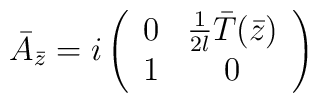
\bar A_{\bar z} = i\left( \begin{array}{cc}   0 &  {1 \over 2l} \bar T(\bar z) \\                           1 &  0   \end{array} \right)